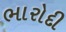
ભારોદી